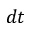
d t